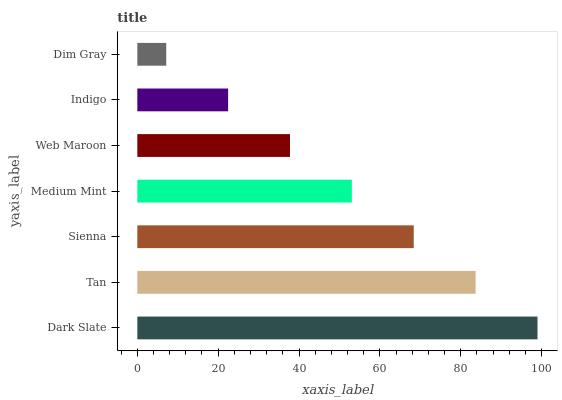
| yaxis_label | bars |
 | --- | --- |
 | Dark Slate | 99 |
 | Tan | 83.7 |
 | Sienna | 68.4 |
 | Medium Mint | 53.1 |
 | Web Maroon | 37.8 |
 | Indigo | 22.5 |
 | Dim Gray | 7.16 |